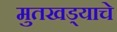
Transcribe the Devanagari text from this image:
मुतखड्याचे